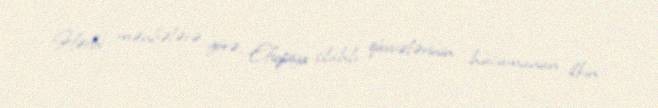
Hərbi mənbələrə görə, Efiopiya silahlı qüvvələrinin hücumunun ilkin